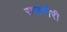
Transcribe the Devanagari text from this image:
राजगौरी